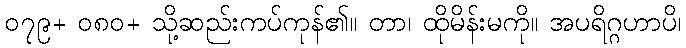
၀၇၉+ ၀၈၀+ သို့ဆည်းကပ်ကုန်၏။ တာ၊ ထိုမိန်းမကို။ အပရိဂ္ဂဟာပိ၊